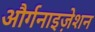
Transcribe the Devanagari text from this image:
और्गनाइज़ेशन